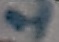
Text: 1